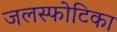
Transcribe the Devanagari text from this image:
जलस्फोटिका